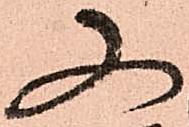
又